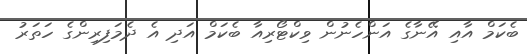
ބެކަމް އާއި އޭނާގެ އަންހެނުން ވިކްޓޯރިއާ ބެކަމް އަދި އެ ދެމަފިރިންގެ ހަތަރު